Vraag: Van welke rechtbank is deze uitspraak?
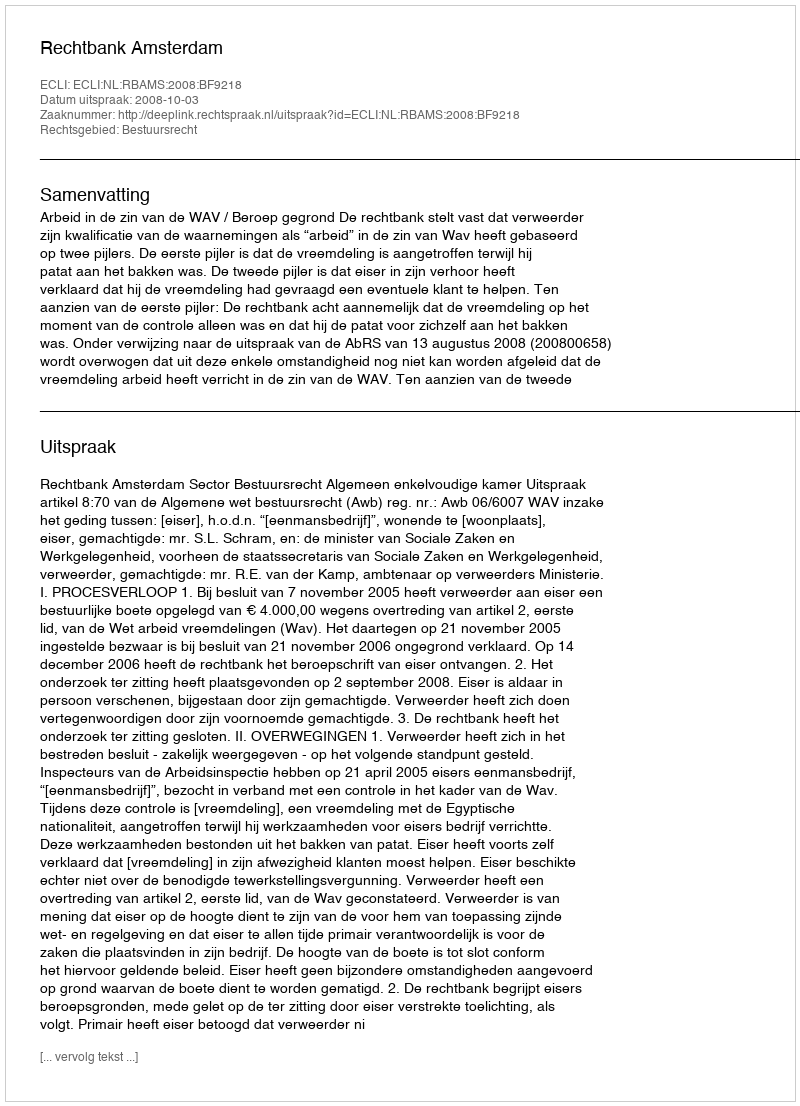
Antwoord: Rechtbank Amsterdam